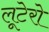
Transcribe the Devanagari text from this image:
लूटेरो